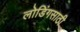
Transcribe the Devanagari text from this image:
लोडिंगसाठी